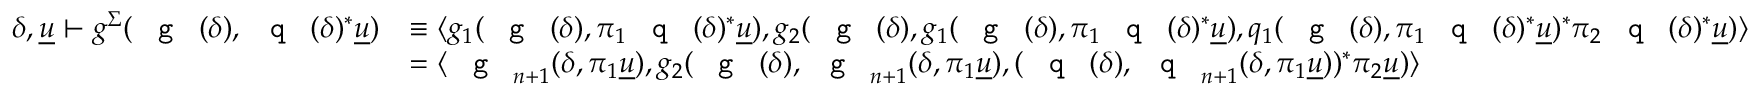
\begin{array} { r l } { \delta , \underline { { u } } \vdash g ^ { \Sigma } ( \textnormal { \texttt { g } } ( \delta ) , \textnormal { \texttt { q } } ( \delta ) ^ { * } \underline { { u } } ) } & { \equiv \langle g _ { 1 } ( \textnormal { \texttt { g } } ( \delta ) , \pi _ { 1 } \textnormal { \texttt { q } } ( \delta ) ^ { * } \underline { { u } } ) , g _ { 2 } ( \textnormal { \texttt { g } } ( \delta ) , g _ { 1 } ( \textnormal { \texttt { g } } ( \delta ) , \pi _ { 1 } \textnormal { \texttt { q } } ( \delta ) ^ { * } \underline { { u } } ) , q _ { 1 } ( \textnormal { \texttt { g } } ( \delta ) , \pi _ { 1 } \textnormal { \texttt { q } } ( \delta ) ^ { * } \underline { { u } } ) ^ { * } \pi _ { 2 } \textnormal { \texttt { q } } ( \delta ) ^ { * } \underline { { u } } ) \rangle } \\ & { = \langle \textnormal { \texttt { g } } _ { n + 1 } ( \delta , \pi _ { 1 } \underline { { u } } ) , g _ { 2 } ( \textnormal { \texttt { g } } ( \delta ) , \textnormal { \texttt { g } } _ { n + 1 } ( \delta , \pi _ { 1 } \underline { { u } } ) , ( \textnormal { \texttt { q } } ( \delta ) , \textnormal { \texttt { q } } _ { n + 1 } ( \delta , \pi _ { 1 } \underline { { u } } ) ) ^ { * } \pi _ { 2 } \underline { { u } } ) \rangle } \end{array}